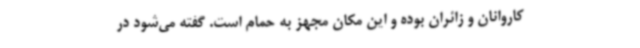
کاروانان و زائران بوده و این مکان مجهز به حمام است. گفته می‌شود در